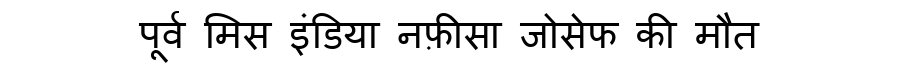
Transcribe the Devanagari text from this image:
पूर्व मिस इंडिया नफ़ीसा जोसेफ की मौत